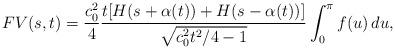
LaTeX: \begin{align*} FV(s, t) = \frac{c_0^2}{4}\frac{t[H(s+\alpha(t))+H(s-\alpha(t))]}{\sqrt{c_0^2t^2/4 - 1}} \int_0^\pi f(u)\, du,\end{align*}